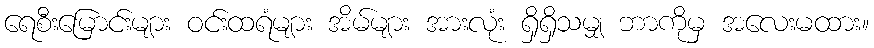
ရေစီးမြောင်းများ ဝင်းထရံများ အိမ်များ အားလုံး ရှိရှိသမျှ ဘာကိုမှ အလေးမထား။